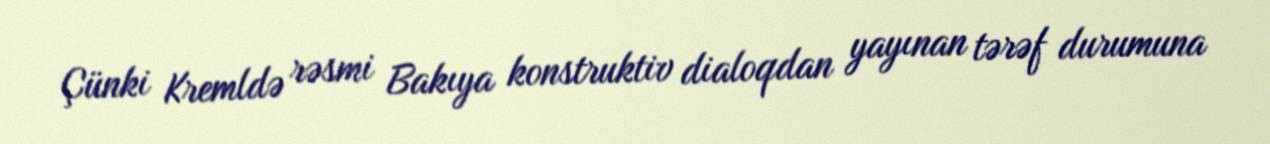
Çünki Kremldə rəsmi Bakıya konstruktiv dialoqdan yayınan tərəf durumuna